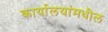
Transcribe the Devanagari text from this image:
कार्यालयांमधील